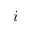
i